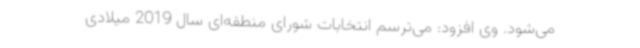
می‌شود. وی افزود: می‌ترسم انتخابات شورای منطقه‌ای سال 2019 میلادی